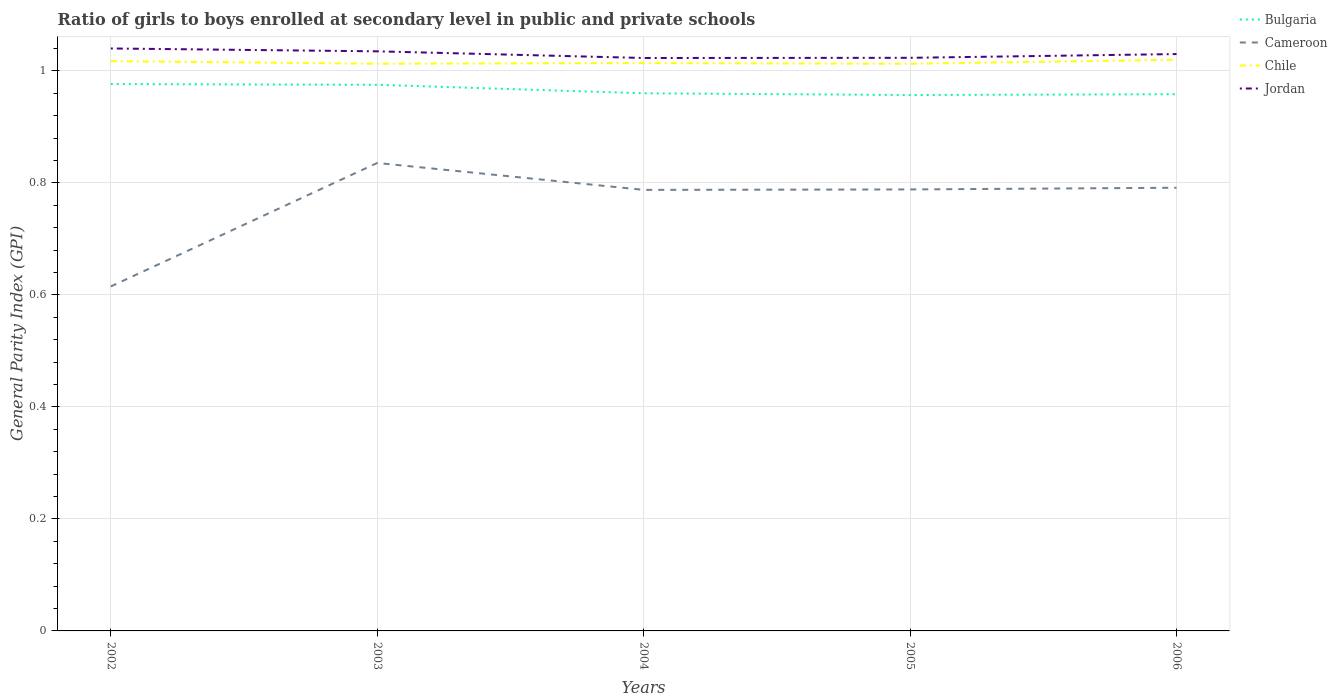
| Years | Bulgaria | Cameroon | Chile | Jordan |
 | --- | --- | --- | --- | --- |
 | 2002 | 0.976 | 0.615 | 1.02 | 1.04 |
 | 2003 | 0.975 | 0.836 | 1.01 | 1.03 |
 | 2004 | 0.96 | 0.787 | 1.01 | 1.02 |
 | 2005 | 0.957 | 0.788 | 1.01 | 1.02 |
 | 2006 | 0.958 | 0.791 | 1.02 | 1.03 |